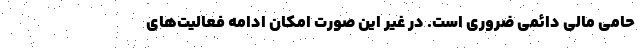
حامی مالی دائمی ضروری است. در غیر این صورت امکان ادامه فعالیت‌های